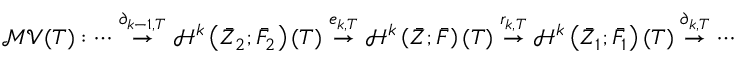
\mathcal { M V } ( T ) : \cdots \stackrel { \partial _ { k - 1 , T } } \rightarrow \mathcal { H } ^ { k } \left( { \bar { Z } } _ { 2 } ; \bar { F } _ { 2 } \right) ( T ) \stackrel { e _ { k , T } } { \rightarrow } \mathcal { H } ^ { k } \left( { \bar { Z } } ; \bar { F } \right) ( T ) \stackrel { r _ { k , T } } { \rightarrow } \mathcal { H } ^ { k } \left( { \bar { Z } } _ { 1 } ; \bar { F } _ { 1 } \right) ( T ) \stackrel { \partial _ { k , T } } { \rightarrow } \cdots